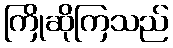
ကြိုဆိုကြသည်